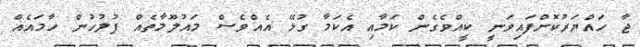
ޖާ ހައްޔަރުކޮށްފައިވަނީ ކީއްވެގެން ކަމާއި އެކަމާ ގުޅޭ އެއްވެސް މައުލޫމާތެއް ފުލުހުން ހާމައެއް